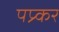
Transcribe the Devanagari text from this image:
पप्र्कर